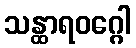
သန္ထာရဝဂ္ဂေါ